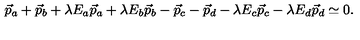
\vec { p } _ { a } + \vec { p } _ { b } + \lambda E _ { a } \vec { p } _ { a } + \lambda E _ { b } \vec { p } _ { b } - \vec { p } _ { c } - \vec { p } _ { d } - \lambda E _ { c } \vec { p } _ { c } - \lambda E _ { d } \vec { p } _ { d } \simeq 0 .